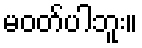
မဝတ်ပါဘူး။